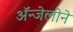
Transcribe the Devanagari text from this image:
ॲन्जेलोने